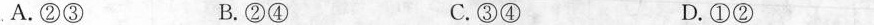
A.②③ B.②④ C.③④ D.①②